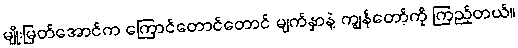
မျိုးမြတ်အောင်က ကြောင်တောင်တောင် မျက်နှာနဲ့ ကျွန်တော့်ကို ကြည့်တယ်။